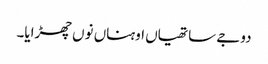
دوجے ساتھیاں اوہناں نوں چھڑایا۔